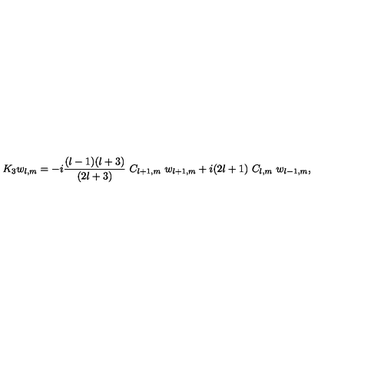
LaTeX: K _ { 3 } w _ { l , m } = - i { \frac { ( l - 1 ) ( l + 3 ) } { ( 2 l + 3 ) } } \ C _ { l + 1 , m } \ w _ { l + 1 , m } + i ( 2 l + 1 ) \ C _ { l , m } \ w _ { l - 1 , m } ,